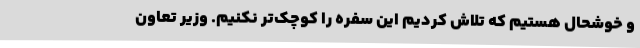
و خوشحال هستیم که تلاش کردیم این سفره را کوچک‌تر نکنیم. وزیر تعاون